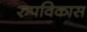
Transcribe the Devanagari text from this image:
रुपविकास